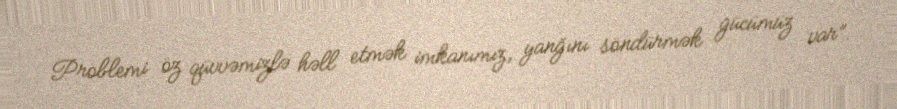
Problemi öz qüvvəmizlə həll etmək imkanımız, yanğını söndürmək gücümüz var”.